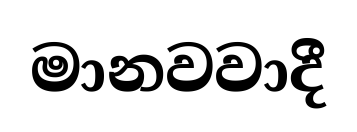
මානවවාදී